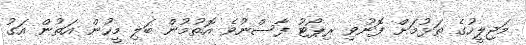
މަޖިލީހުގެ ތަޅުމަށް ފޮނުވި ރިޕޯޓު ފާސްނުވެ އޮތުމުން ބަލި މީހުން އަތުން އަގު